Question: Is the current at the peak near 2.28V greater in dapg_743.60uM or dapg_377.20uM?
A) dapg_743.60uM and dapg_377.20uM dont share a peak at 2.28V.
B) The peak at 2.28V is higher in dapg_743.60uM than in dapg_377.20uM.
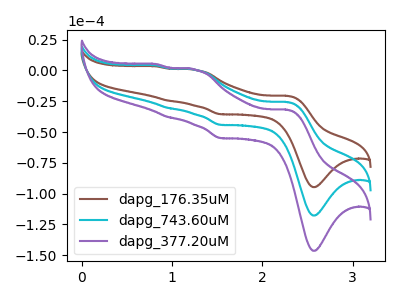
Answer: <think>The brown curve "dapg_176.35uM" has anodic peaks at (2.30V, -20.65uA) (1.25V, 0.40uA) (0.95V, -24.55uA) (0.85V, 3.25uA) and cathodic peaks at (2.55V, -94.75uA) (1.55V, -35.55uA). The cyan curve "dapg_743.60uM" has anodic peaks at (2.30V, -25.65uA) (1.25V, 0.50uA) (0.95V, -30.50uA) (0.85V, 4.05uA) and cathodic peaks at (2.55V, -117.80uA) (1.55V, -44.20uA). The purple curve "dapg_377.20uM" has anodic peaks at (2.30V, -51.30uA) (1.25V, 0.95uA) (0.95V, -61.00uA) (0.85V, 8.15uA) and cathodic peaks at (2.55V, -235.55uA) (1.55V, -88.40uA).</think>
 <answer>B) The peak at 2.28V is higher in "dapg_743.60uM" than in "dapg_377.20uM".</answer>
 <eval>B</eval>